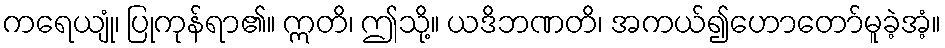
ကရေယျုံ၊ ပြုကုန်ရာ၏။ ဣတိ၊ ဤသို့။ ယဒိဘဏတိ၊ အကယ်၍ဟောတော်မူခဲ့အံ့။